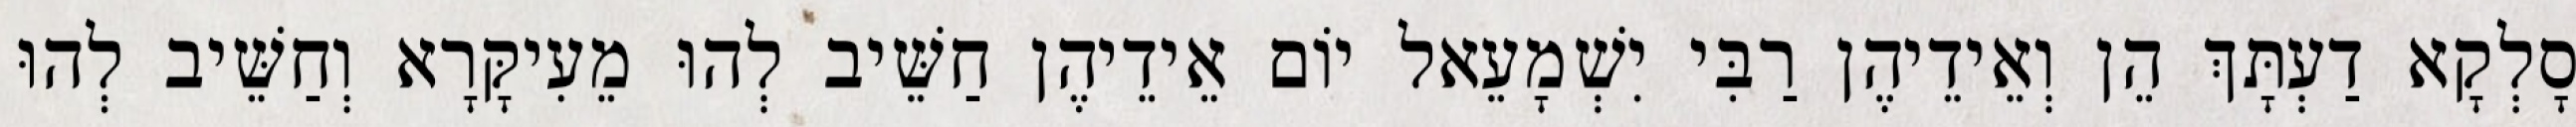
סָלְקָא דַעְתָּךְ הֵן וְאֵידֵיהֶן רַבִּי יִשְׁמָעֵאל יוֹם אֵידֵיהֶן חַשֵּׁיב לְהוּ מֵעִיקָּרָא וְחַשֵּׁיב לְהוּ